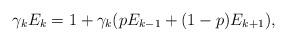
LaTeX: \begin{align*}\gamma_k E_k=1+\gamma_k(p E_{k-1}+(1-p)E_{k+1}),\end{align*}